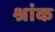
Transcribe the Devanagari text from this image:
श्रांक